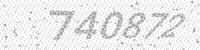
Solution: 740872